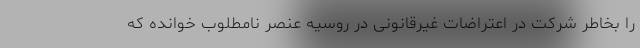
را بخاطر شرکت در اعتراضات غیرقانونی در روسیه عنصر نامطلوب خوانده که